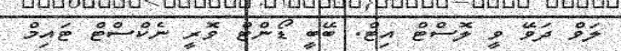
ލަވް ދަވޭ ވީ ލޮސްޓް އިޓް. ބޭބީ ޑޯންޓް ވޮރީ ނެކްސްޓް ޓައިމް